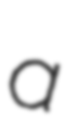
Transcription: a